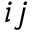
i j